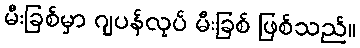
မီးခြစ်မှာ ဂျပန်လုပ် မီးခြစ် ဖြစ်သည်။